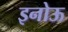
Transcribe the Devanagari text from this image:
इनोऊ